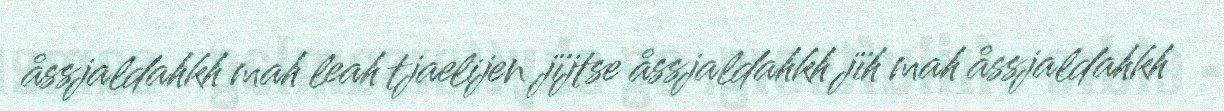
åssjaldahkh mah leah tjaelijen jïjtse åssjaldahkh jïh mah åssjaldahkh